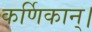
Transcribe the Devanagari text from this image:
कर्णिकान्‌।